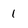
Character: 1